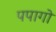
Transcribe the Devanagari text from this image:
पपागो